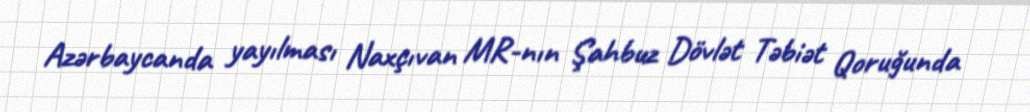
Azərbaycanda yayılması Naxçıvan MR-nın Şahbuz Dövlət Təbiət Qoruğunda